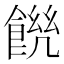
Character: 𩜆